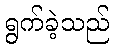
ရွက်ခဲ့သည်